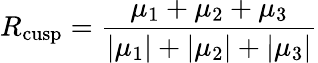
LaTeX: R_{\mathrm{cusp}}=\frac{\mu_{1}+\mu_{2}+\mu_{3}}{|\mu_{1}|+|\mu_{2}|+|\mu_{3}|}